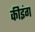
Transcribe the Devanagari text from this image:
कीइंग